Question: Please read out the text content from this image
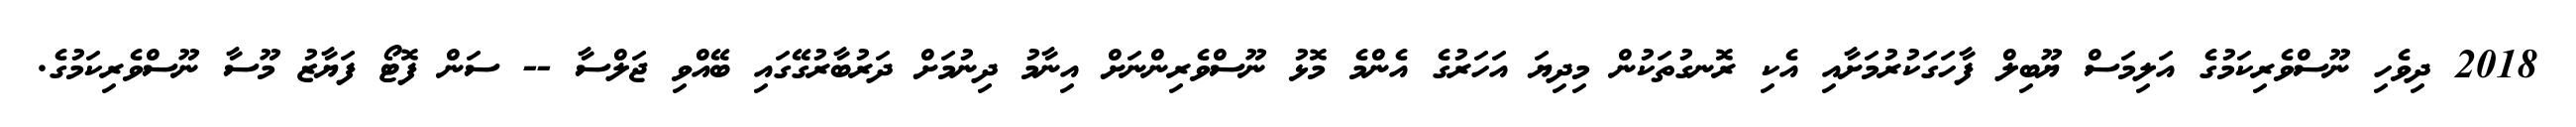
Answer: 2018 ދިވެހި ނޫސްވެރިކަމުގެ އަލިމަސް ޔޫބިލް ފާހަގަކުރުމަށާއި އެކި ރޮނގުތަކުން މިދިޔަ އަހަރުގެ އެންމެ މޮޅު ނޫސްވެރިންނަށް އިނާމު ދިނުމަށް ދަރުބާރުގޭގައި ބޭއްވި ޖަލްސާ -- ސަން ފޮޓޯ ފަޔާޒު މޫސާ ނޫސްވެރިކަމުގެ.